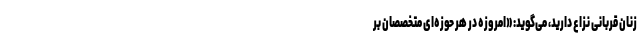
زنان قربانی نزاع دارید، می‌گوید: «امروزه در هر حوزه‌ای متخصصان بر